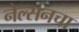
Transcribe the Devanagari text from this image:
नेल्सनचा